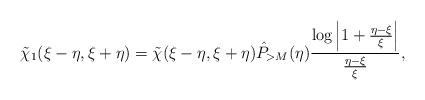
LaTeX: \begin{align*} \tilde{\chi}_1(\xi-\eta,\xi+\eta)=\tilde{\chi}(\xi-\eta,\xi+\eta)\hat {P}_{>M}(\eta)\frac{\log\left|1+\frac{\eta-\xi}{\xi}\right|}{\frac{\eta-\xi}{\xi}},\end{align*}